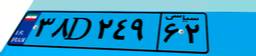
۰۹D۴۴۹۱۰